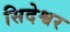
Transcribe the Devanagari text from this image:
सिदेश्वर